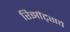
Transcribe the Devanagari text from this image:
रिझॉर्ट्‌सचे